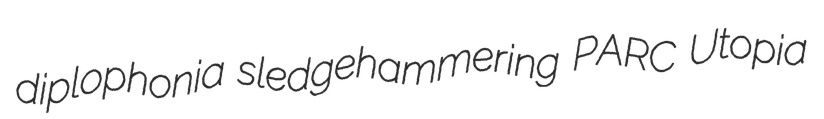
diplophonia sledgehammering PARC Utopia